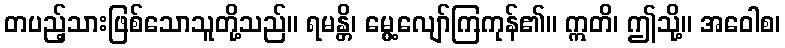
တပည့်သားဖြစ်သောသူတို့သည်။ ရမန္တိ၊ မွေ့လျော်ကြကုန်၏။ ဣတိ၊ ဤသို့။ အဝေါစ၊